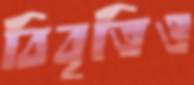
বিবৃতিও